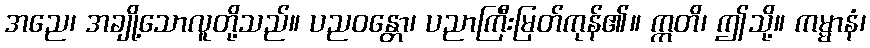
အညေ၊ အချို့သောလူတို့သည်။ ပညဝန္တော၊ ပညာကြီးမြတ်ကုန်၏။ ဣတိ၊ ဤသို့။ ကမ္မာနံ၊